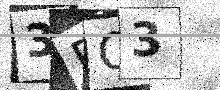
Text: 3PC3